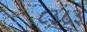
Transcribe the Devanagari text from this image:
८३८३